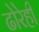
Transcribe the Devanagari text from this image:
ढोरेही